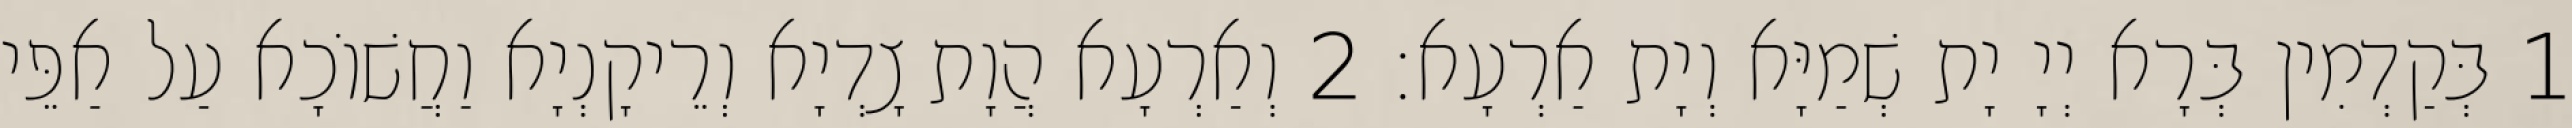
1 בְּקַדְמִין בְּרָא יְיָ יָת שְׁמַיָּא וְיָת אַרְעָא׃ 2 וְאַרְעָא הֲוָת צָדְיָא וְרֵיקָנְיָא וַחֲשׁוֹכָא עַל אַפֵּי